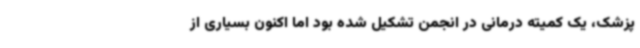
پزشک، یک کمیته درمانی در انجمن تشکیل شده بود اما اکنون بسیاری از